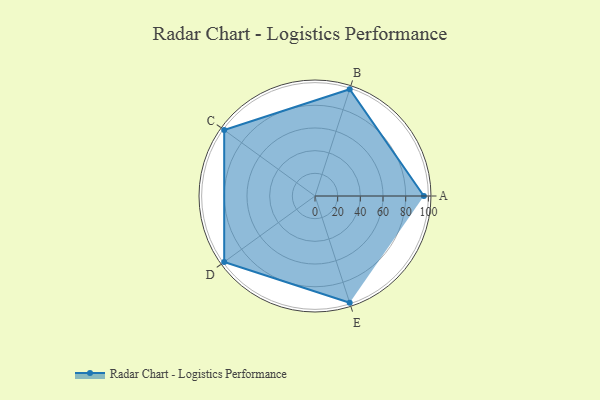
{"axis": {"x": "Skill", "y": "Score"}, "legend": ["Profile"], "data": [{"x": "A", "y": 96.0, "type": "Profile"}, {"x": "B", "y": 99.0, "type": "Profile"}, {"x": "C", "y": 99, "type": "Profile"}, {"x": "D", "y": 99, "type": "Profile"}, {"x": "E", "y": 99, "type": "Profile"}]}